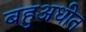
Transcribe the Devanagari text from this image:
बहुअधीत